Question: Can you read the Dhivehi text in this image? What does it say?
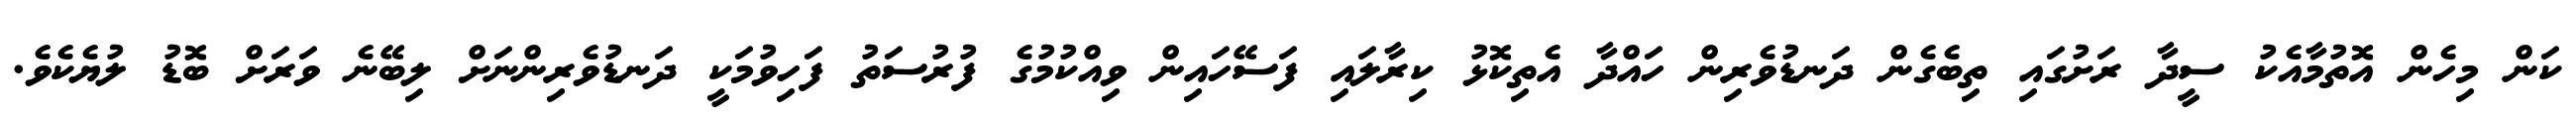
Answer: ކަން މިހެން އޮތުމާއެކު ސީދާ ރަށުގައި ތިބެގެން ދަނޑުވެރިން ހައްދާ އެތިކޮޅު ކިރާލައި ފަސޭހައިން ވިއްކުމުގެ ފުރުސަތު ފަހިވުމަކީ ދަނޑުވެރިންނަށް ލިބޭނެ ވަރަށް ބޮޑު ލުޔެކެވެ.